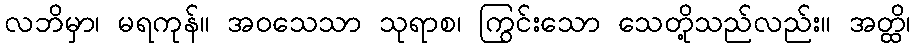
လဘိမှာ၊ မရကုန်။ အဝသေသာ သုရာစ၊ ကြွင်းသော သေတို့သည်လည်း။ အတ္ထိ၊